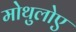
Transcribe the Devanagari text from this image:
मोथुलोए